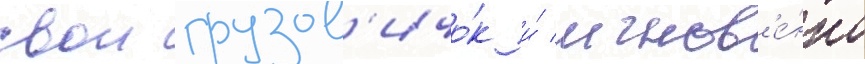
свои грузов'ичо́к и́ мгнов'е́нно